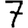
Digit: 7